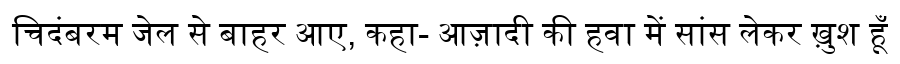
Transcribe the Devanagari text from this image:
चिदंबरम जेल से बाहर आए, कहा- आज़ादी की हवा में सांस लेकर ख़ुश हूँ